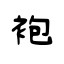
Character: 袍